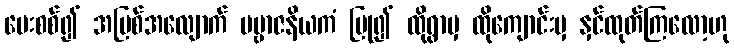
မေးစစ်၍ အပြစ်အလျောက် ပဗ္ဗာဇနိယကံ ပြု၍ ထိုရွာမှ ထိုကျောင်းမှ နှင်ထုတ်ကြလော့ဟု